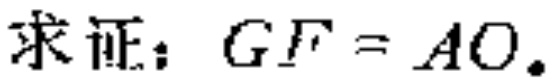
求证：\(GF = AO\)。